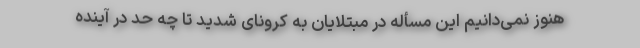
هنوز نمی‌دانیم این مسأله در مبتلایان به کرونای شدید تا چه حد در آینده